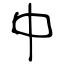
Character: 中